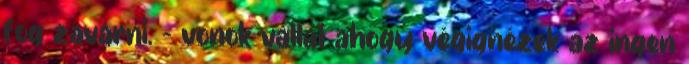
fog zavarni. – vonok vállat ahogy végignézek az ingen